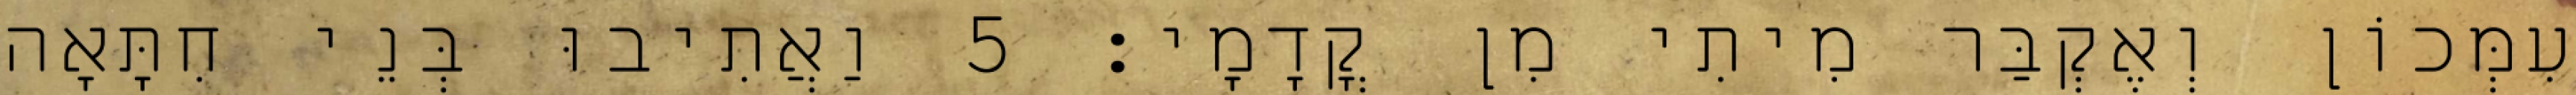
עִמְּכוֹן וְאֶקְבַּר מִיתִי מִן קֳדָמָי׃ 5 וַאֲתִיבוּ בְּנֵי חִתָּאָה